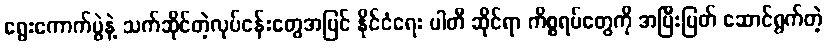
ရွေးကောက်ပွဲနဲ့ သက်ဆိုင်တဲ့လုပ်ငန်းတွေအပြင် နိုင်ငံရေး ပါတီ ဆိုင်ရာ ကိစ္စရပ်တွေကို အပြီးပြတ် ဆောင်ရွက်တဲ့